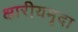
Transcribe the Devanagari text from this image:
क्षारीयमृदा